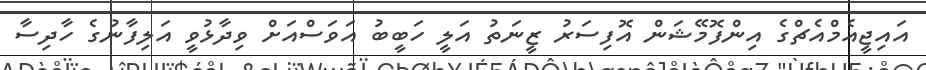
އައިޖީއެމްއެޗްގެ އިންފޮމޭޝަން އޮފިސަރު ޒީނަތު އަލީ ހަބީބު އަވަސްއަށް ވިދާޅުވީ އަލިފާނުގެ ހާދިސާ